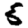
Digit: 5